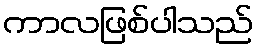
ကာလဖြစ်ပါသည်